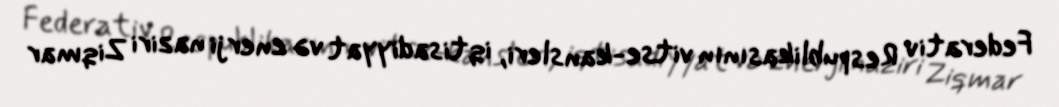
Federativ Respublikasının vitse-kansleri, iqtisadiyyat və enerji naziri Ziqmar